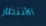
الأنتظار